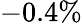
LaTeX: -0.4\%